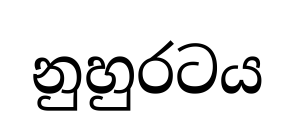
නුහුරටය